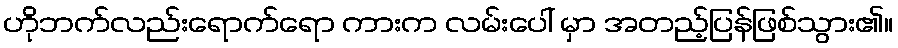
ဟိုဘက်လည်းရောက်ရော ကားက လမ်းပေါ် မှာ အတည့်ပြန်ဖြစ်သွား၏။